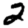
Digit: 2